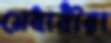
মেধাবীরা